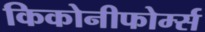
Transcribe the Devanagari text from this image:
किकोनीफोर्म्स